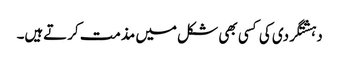
دہشتگردی کی کسی بھی شکل میں مذمت کرتےہیں۔